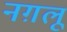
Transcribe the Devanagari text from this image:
नग़लू